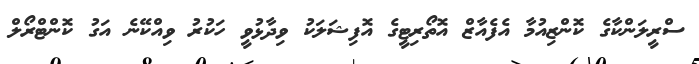
ސްރީލަންކާގެ ކޮންޒިއުމާ އެފެއާޒް އޮތޯރިޓީގެ އޮފިޝަލަކު ވިދާޅުވީ ހަކުރު ވިއްކޭނެ އަގު ކޮންޓްރޯލް